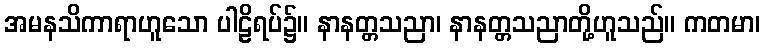
အမနသိကာရာဟူသော ပါဠိရပ်၌။ နာနတ္တသညာ၊ နာနတ္တသညာတို့ဟူသည်။ ကတမာ၊